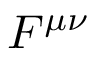
F ^ { \mu \nu }